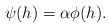
\begin{align*} \begin{aligned}\psi(h)=\alpha \phi(h). \end{aligned} \end{align*}